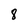
Character: 8